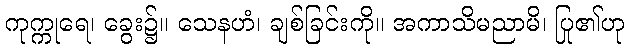
ကုက္ကုရေ၊ ခွေး၌။ သေနဟံ၊ ချစ်ခြင်းကို။ အကာသိမညာမိ၊ ပြု၏ဟု